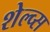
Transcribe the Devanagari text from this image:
शेल्व्स